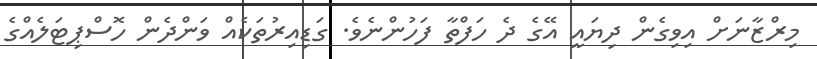
މިރްޒާނަށް އިވިގެން ދިޔައީ އޭގެ ދެ ހަފްތާ ފަހުންނެވެ. ގަޑިއިރުތަކެއް ވަންދެން ހޮސްޕިޓަލެއްގެ